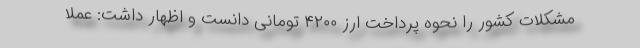
مشکلات کشور را نحوه پرداخت ارز ۴۲۰۰ تومانی دانست و اظهار داشت: عملا